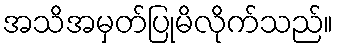
အသိအမှတ်ပြုမိလိုက်သည်။